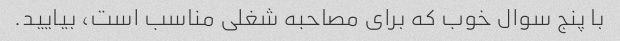
با پنج سوال خوب که برای مصاحبه شغلی مناسب است، بیایید.